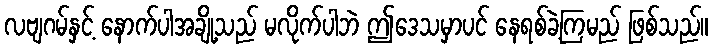
လဗျဂမ်နှင့် နောက်ပါအချို့သည် မလိုက်ပါဘဲ ဤဒေသမှာပင် နေရစ်ခဲ့ကြမည် ဖြစ်သည်။